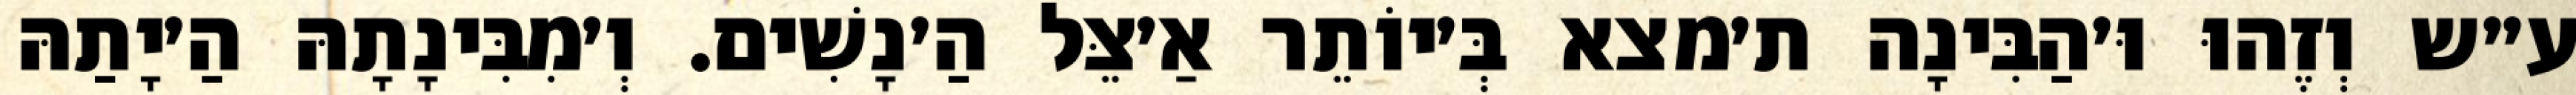
ע״ש וְזֶהוּ וּ׳הַבִּינָה ת׳מצא בְּ׳יוֹתֵר אַ׳צֵּל הַ׳נָשִׁים. וְ׳מִבִּינָתָהּ הַ׳יָתַהּ